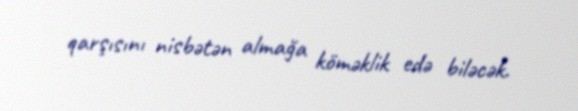
qarşısını nisbətən almağa köməklik edə biləcək.